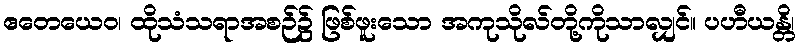
ဧတေယေဝ၊ ထိုသံသရာအစဉ်၌ ဖြစ်ဖူးသော အကုသိုလ်တို့ကိုသာလျှင်။ ပဟီယန္တိ၊